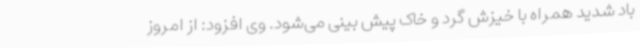
باد شدید همراه با خیزش گرد و خاک پیش بینی می‌شود. وی افزود: از امروز